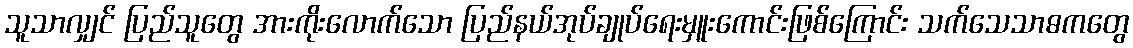
သူသာလျှင် ပြည်သူတွေ အားကိုးလောက်သော ပြည်နယ်အုပ်ချုပ်ရေးမှူးကောင်းဖြစ်ကြောင်း သက်သေသာဓကတွေ